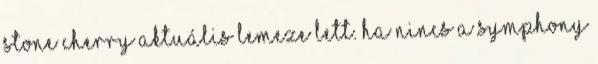
Stone Cherry aktuális lemeze lett. Ha nincs a Symphony